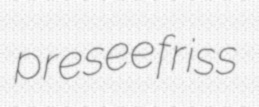
presee friss